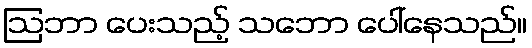
ဩဘာ ပေးသည့် သဘော ပေါ်နေသည်။